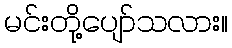
မင်းတို့ပျော်သလား။